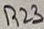
Text: R23